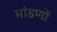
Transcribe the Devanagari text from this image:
मांडणों